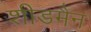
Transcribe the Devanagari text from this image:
शीडमैन